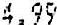
4.99